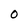
Character: 0